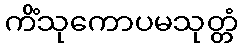
ကိံသုကောပမသုတ္တံ